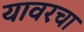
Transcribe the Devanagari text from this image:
यावरचा